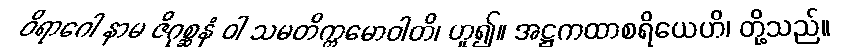
ဝိရာဂေါ နာမ ဇိဂုစ္ဆနံ ဝါ သမတိက္ကမောဝါတိ၊ ဟူ၍။ အဋ္ဌကထာစရိယေဟိ၊ တို့သည်။